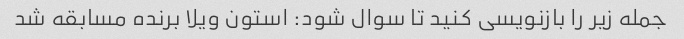
جمله زیر را بازنویسی کنید تا سوال شود: استون ویلا برنده مسابقه شد